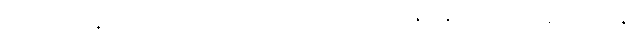
သေချာမသိနိုင်သေးပဲ အကြမ်းဖက် ဗုံးခွဲ သမားများများနှင့် နိုင်ငံတကာကွန်ရက်များနှင့်